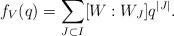
LaTeX: \begin{align*}f_V(q) = \sum_{J \subset I} [ W : W_J ] q^{\lvert J \rvert }.\end{align*}